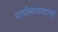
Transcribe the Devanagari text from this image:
राघोबादादांनी